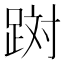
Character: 𲃪